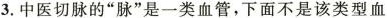
3.中医切脉的”脉”是一类血管，下面不是该类型血